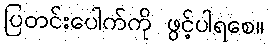
ပြတင်းပေါက်ကို ဖွင့်ပါရစေ။